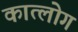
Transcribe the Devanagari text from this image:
कात्लोग